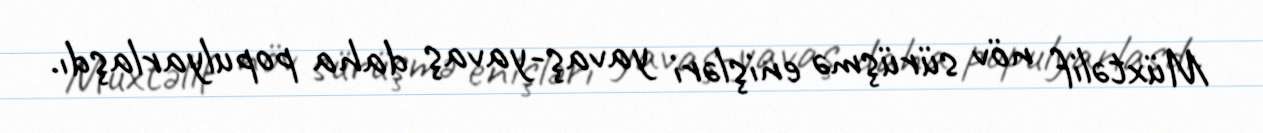
Müxtəlif növ sürüşmə enişləri yavaş-yavaş daha populyarlaşdı.